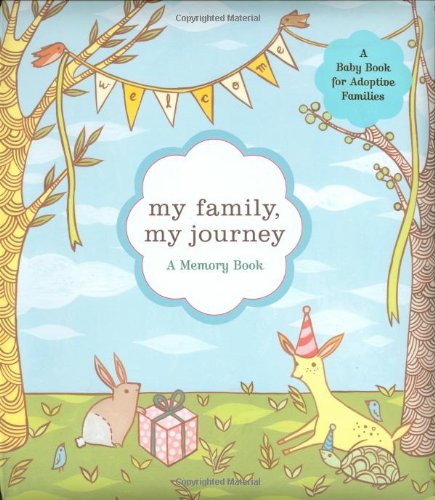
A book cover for My Family, My Journey: A Baby Book for Adoptive Families; Zoe Francesca; Parenting & Relationships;